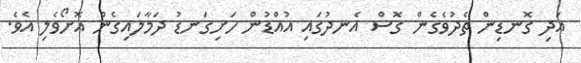
އަދި ގޮނޑިން ތެދުވެގެން ގޮސް އެނދުގައި އުއްޑުން ހަށިގަނޑު ދަމާލައިގެން އޮށޯވެލި އެވެ.